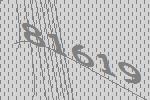
81619